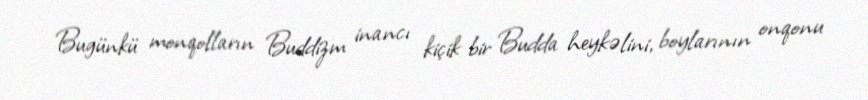
Bugünkü monqolların Buddizm inancı kiçik bir Budda heykəlini, boylarının onqonu